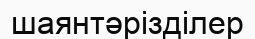
шаянтәрізділер